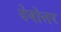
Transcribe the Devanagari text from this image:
देवोत्तर